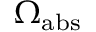
\Omega _ { \mathrm { a b s } }